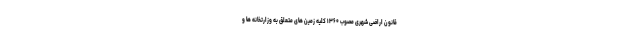
قانون اراضی شهری مصوب ۱۳۶۰ کلیه زمین های متعلق به وزارتخانه ها و